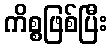
ကိစ္စဖြစ်ပြီး